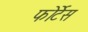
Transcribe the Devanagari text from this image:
फोर्टेस